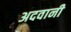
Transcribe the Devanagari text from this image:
अदवानी